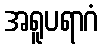
အရူပရာဂံ